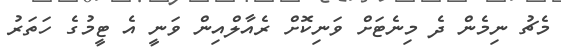
މެޗު ނިމެން ދެ މިނެޓަށް ވަނިކޮށް ރެއާލްއިން ވަނީ އެ ޓީމުގެ ހަތަރު